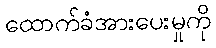
ထောက်ခံအားပေးမှုကို